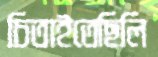
চিতাইতেছিলি